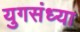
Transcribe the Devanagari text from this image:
युगसंध्या